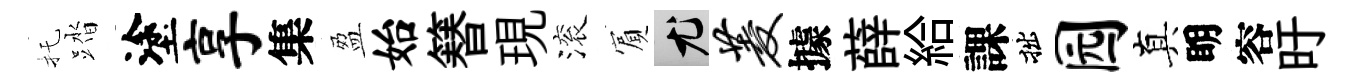
托踏塗享集盈始簮現滚賔尤菱據薛給課拙园真眀容旴